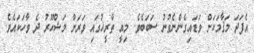
އެފަދަ މަޤާމަކަށް ވަޑައިގެންނެވުނު ސަބަބެވެ. މިއީ ތާރީޚުގައި ވަރަށް މަޝްޙޫރު ދެ ވާހަކައެވެ.